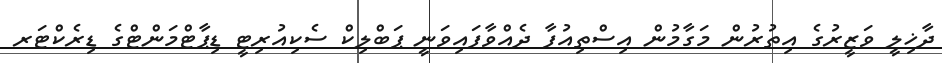
ދާޚިލީ ވަޒީރުގެ އިތުރުން މަގާމުން އިސްތިއުފާ ދެއްވާފައިވަނީ ޕަބްލިކް ސެކިއުރިޓީ ޑިޕާޓްމަންޓްގެ ޑިރެކްޓަރ